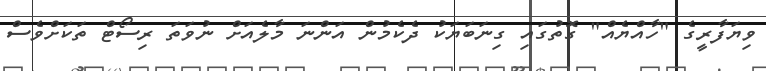
ވިޔަފާރީގެ "ހާއްޔެއް" ގޮތުގައި ގިނަބަޔަކު ދެކެމުން އަންނަ މާލެއަށް ނުވަތަ ރިސޯޓް ތަކަށްވެސް